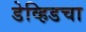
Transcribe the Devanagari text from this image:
डेव्हिडचा